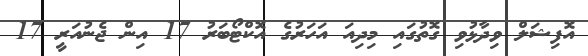
އޮފިޝަލް ވިދާޅުވި ގޮތުގައި މިދިއަ އަހަރުގެ އޮކްޓޯބަރު 17 އިން ޖެނުއަރީ 17